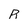
Character: R